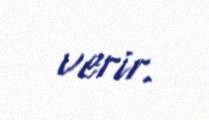
verir.